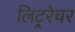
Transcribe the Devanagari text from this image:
लिट्ररेचर